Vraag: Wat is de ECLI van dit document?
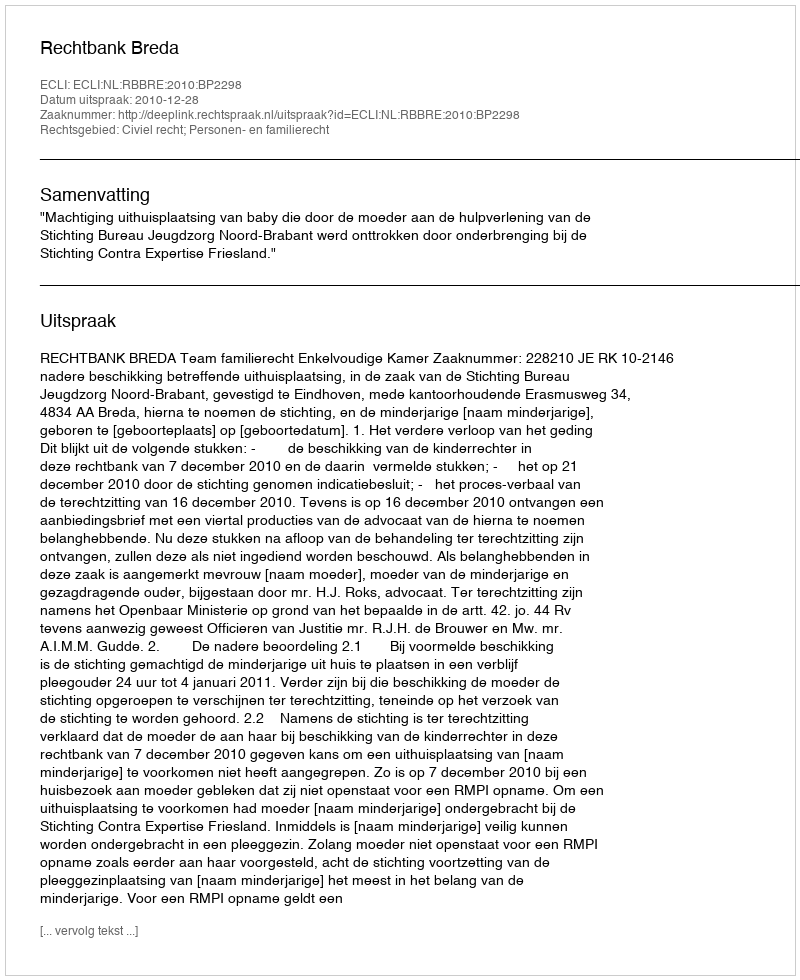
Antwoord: ECLI:NL:RBBRE:2010:BP2298